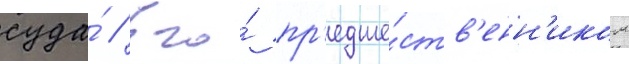
суда́ // Его́ пр'едше́ств'енн'иком